Punjab Mental Hospital Lahore 1932-46 - 1932-1946
Year: 1932
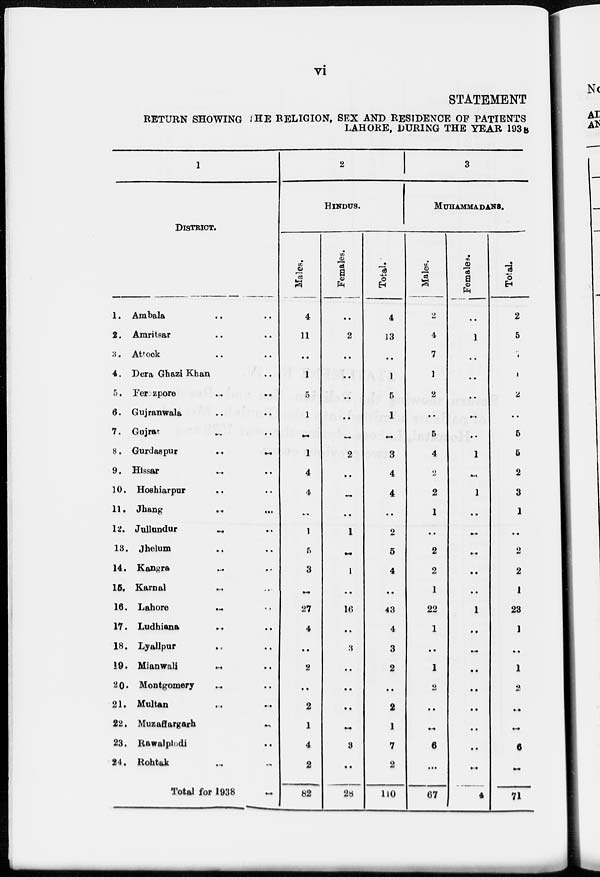
vi
STATEMENT
RETURN SHOWING THE RELIGION, SEX AND RESIDENCE OF PATIENTS
LAHORE, DURING THE YEAR 1938
1
DISTRICT.
1. Ambala .. ..
2. Amritsar .. ..
3. Attock .. ..
4. Dera Ghazi Khan ..
5. Ferozpore .. ..
6. Gujranwala .. ..
7. Gujrat .. ..
8. Gurdaspur
..
..
9. Hissar .. ..
10. Hoshiarpur .. ..
11. Jhang .. ..
12. Jullundur .. ..
13. Jhelum .. ..
14. Kangra .. ..
16. Karnal .. ..
16. Lahore .. ..
17. Ludhiana .. ..
18. Lyallpur .. ..
19. Mianwali
..
..
20. Montgomery.. ..
21. Multan .. ..
22. Muzaffargarh ..
23. Rawalpindi ..
24. Rohtak ..
Total for 1938 ..
2
HINDUS.
Males.
4
11
..
1
5
1
..
1
4
4
..
1
5
3
2
27
4
..
2
..
2
1
4
2
82
Females.
1
2
..
..
..
..
..
2
..
..
..
1
..
1
..
16
..
3
..
..
..
..
3
..
28
Total.
4
13
..
1
5
1
..
3
4
4
..
2
5
4
..
43
4
3
2
..
2
1
7
2
110
3
MUHAMMADANS.
Males.
2
4
7
1
2
..
5
4
2
2
1
..
2
2
1
22
1
..
1
2
..
..
6
..
67
Females.
..
1
..
..
..
..
..
1
..
1
..
..
..
..
..
1
..
..
..
..
..
..
..
..
4
Total.
2
5
7
1
2
..
5
5
2
3
1
..
2
2
1
23
1
..
1
2
..
..
6
..
71